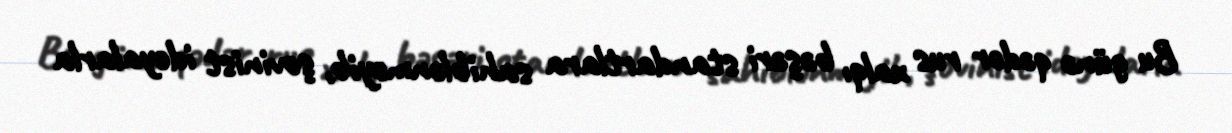
Bu günə qədər rus xalqı bəşəri standartlara sahiblənməyib, şovinist ideyalarla